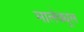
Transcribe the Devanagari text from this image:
मालेक्यूल